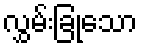
လွှမ်းခြုံသော